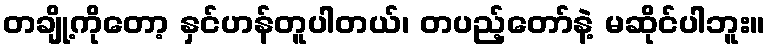
တချို့ကိုတော့ နှင်ဟန်တူပါတယ်၊ တပည့်တော်နဲ့ မဆိုင်ပါဘူး။